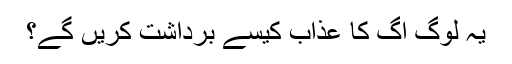
یہ لوگ آگ کا عذاب کیسے برداشت کریں گے؟